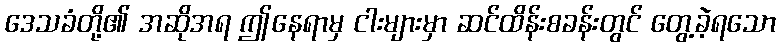
ဒေသခံတို့၏ အဆိုအရ ဤနေရာမှ ငါးများမှာ ဆင်ထိန်းစခန်းတွင် တွေ့ခဲ့ရသော